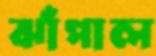
ঝাঁপাল